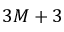
3 M + 3